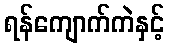
ရန်ကျောက်ကဲနှင့်